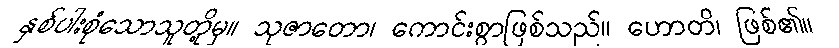
နှစ်ပါးစုံသောသူတို့မှ။ သုဇာတော၊ ကောင်းစွာဖြစ်သည်။ ဟောတိ၊ ဖြစ်၏။